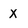
Character: x